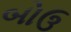
બોઉ